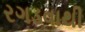
રગડવાથી